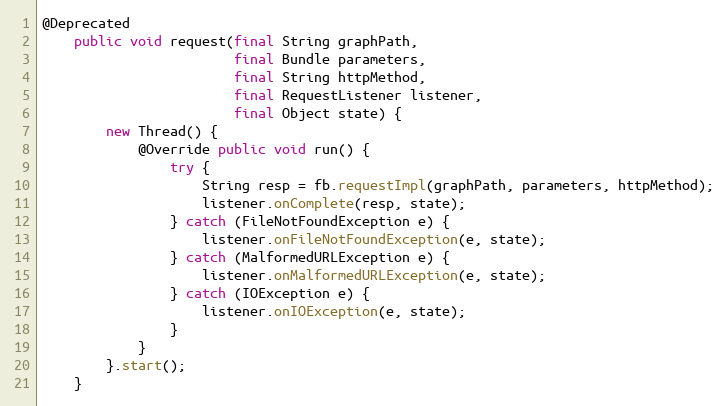
Language: Java
@Deprecated
    public void request(final String graphPath,
                        final Bundle parameters,
                        final String httpMethod,
                        final RequestListener listener,
                        final Object state) {
        new Thread() {
            @Override public void run() {
                try {
                    String resp = fb.requestImpl(graphPath, parameters, httpMethod);
                    listener.onComplete(resp, state);
                } catch (FileNotFoundException e) {
                    listener.onFileNotFoundException(e, state);
                } catch (MalformedURLException e) {
                    listener.onMalformedURLException(e, state);
                } catch (IOException e) {
                    listener.onIOException(e, state);
                }
            }
        }.start();
    }